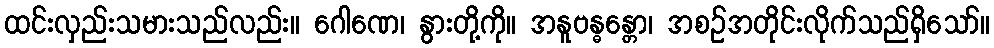
ထင်းလှည်းသမားသည်လည်း။ ဂေါဏေ၊ နွားတို့ကို။ အနူဗန္ဓန္တော၊ အစဉ်အတိုင်းလိုက်သည်ရှိသော်။